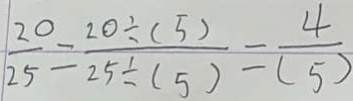
\frac { 2 0 } { 2 5 } = \frac { 2 0 \div ( 5 ) } { 2 5 \div ( 5 ) } = \frac { 4 } { ( 5 ) }